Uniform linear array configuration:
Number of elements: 24
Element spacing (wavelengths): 0.25
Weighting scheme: exponential
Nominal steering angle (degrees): -30
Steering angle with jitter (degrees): -31.088
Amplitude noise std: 0.05
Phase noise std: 0.05

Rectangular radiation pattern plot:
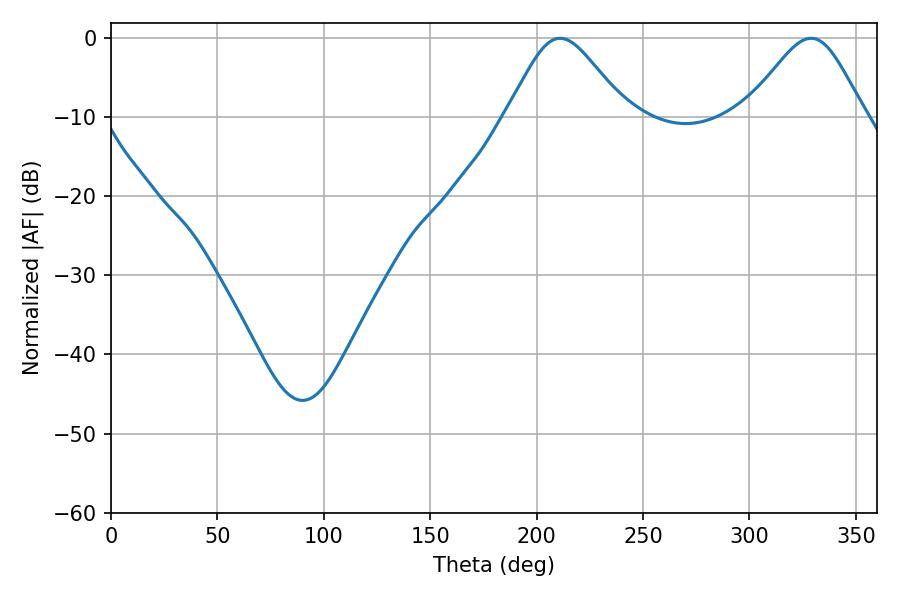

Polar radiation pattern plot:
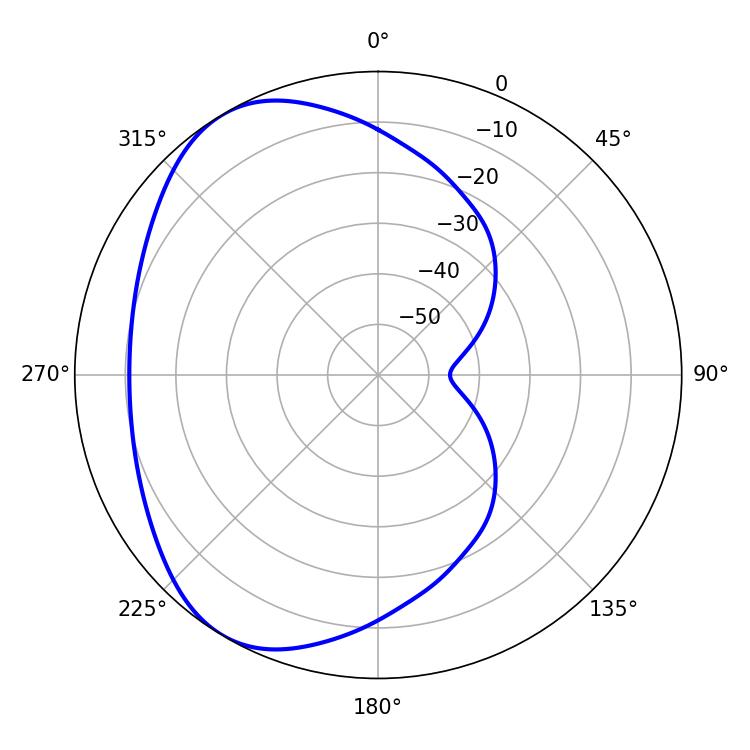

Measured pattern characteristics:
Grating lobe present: FALSE
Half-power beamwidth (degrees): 27.72
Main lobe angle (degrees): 210.96